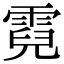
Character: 霓